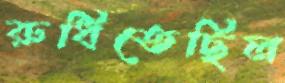
রুধিতেছিল